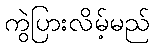
ကွဲပြားလိမ့်မည်